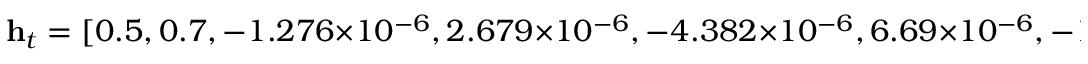
\mathbf { h } _ { t } = [ 0 . 5 , 0 . 7 , - 1 . 2 7 6 \times 1 0 ^ { - 6 } , 2 . 6 7 9 \times 1 0 ^ { - 6 } , - 4 . 3 8 2 \times 1 0 ^ { - 6 } , 6 . 6 9 \times 1 0 ^ { - 6 } , - 1 . 0 2 8 \times 1 0 ^ { - 5 } , 1 . 7 1 7 \times 1 0 ^ { - 5 } , - 3 . 7 3 2 \times 1 0 ^ { - 5 } , 0 . 0 2 5 ]